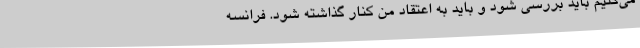
می‌کنیم باید بررسی شود و باید به اعتقاد من کنار گذاشته شود. فرانسه